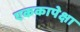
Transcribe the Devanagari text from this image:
एककापेक्षा